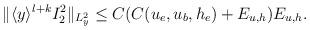
LaTeX: \begin{align*}\begin{aligned}\Vert \langle y\rangle^{l+k} I^2_{2}\Vert_{L^2_y} \leq C(C(u_e,u_b,h_e)+E_{u,h})E_{u,h}.\end{aligned}\end{align*}